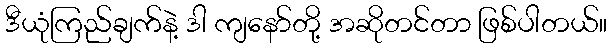
ဒီယုံကြည်ချက်နဲ့ ဒါ ကျနော်တို့ အဆိုတင်တာ ဖြစ်ပါတယ်။